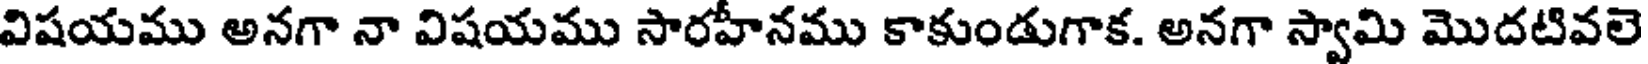
విషయము అనగా నా విషయము సారహీనము కాకుండుగాక. అనగా స్వామి మొదటివలె